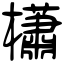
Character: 櫹